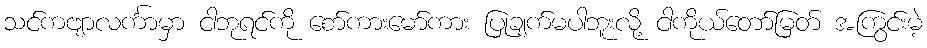
သင်ကဗျာလင်္ကာမှာ ငါဘုရင်ကို စော်ကားမော်ကား ပြုချက်မပါဘူးလို့ ငါကိုယ်တော်မြတ် အကြွင်းမဲ့